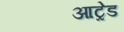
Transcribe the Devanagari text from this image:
आट्रेड